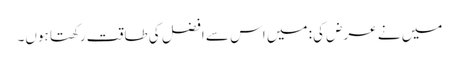
میں نے عرض کی: میں اس سے افضل کی طاقت رکھتا ہوں۔